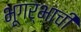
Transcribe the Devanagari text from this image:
भूगर्भाची